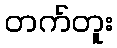
တက်တူး